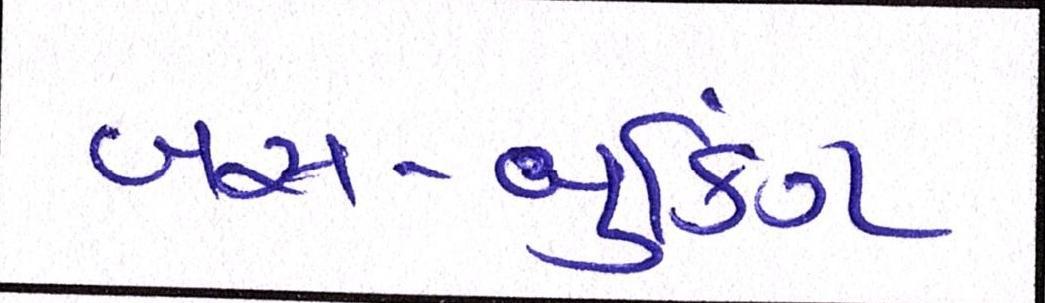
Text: બસ-બુકિંગ